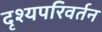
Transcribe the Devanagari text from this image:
दृश्यपरिवर्तन